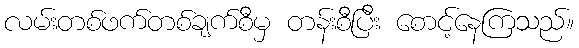
လမ်းတစ်ဖက်တစ်ချက်စီမှ တန်းစီပြီး စောင့်နေကြသည်။